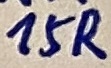
Text: 15R